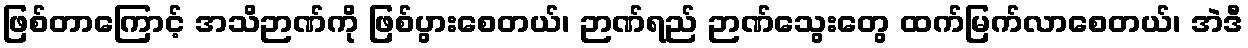
ဖြစ်တာကြောင့် အသိဉာဏ်ကို ဖြစ်ပွားစေတယ်၊ ဉာဏ်ရည် ဉာဏ်သွေးတွေ ထက်မြက်လာစေတယ်၊ အဲဒီ